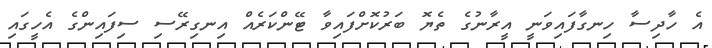
އެ ހާދިސާ ހިނގާފައިވަނީ އީރާނުގެ ތެޔޮ ބަރުކޮށްފައިވާ ޓޭންކަރެއް އިނގިރޭސި ސިފައިންގެ އެހީގައި